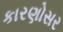
કારણોસર